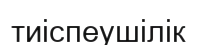
тиіспеушілік